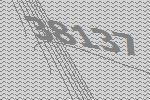
38137